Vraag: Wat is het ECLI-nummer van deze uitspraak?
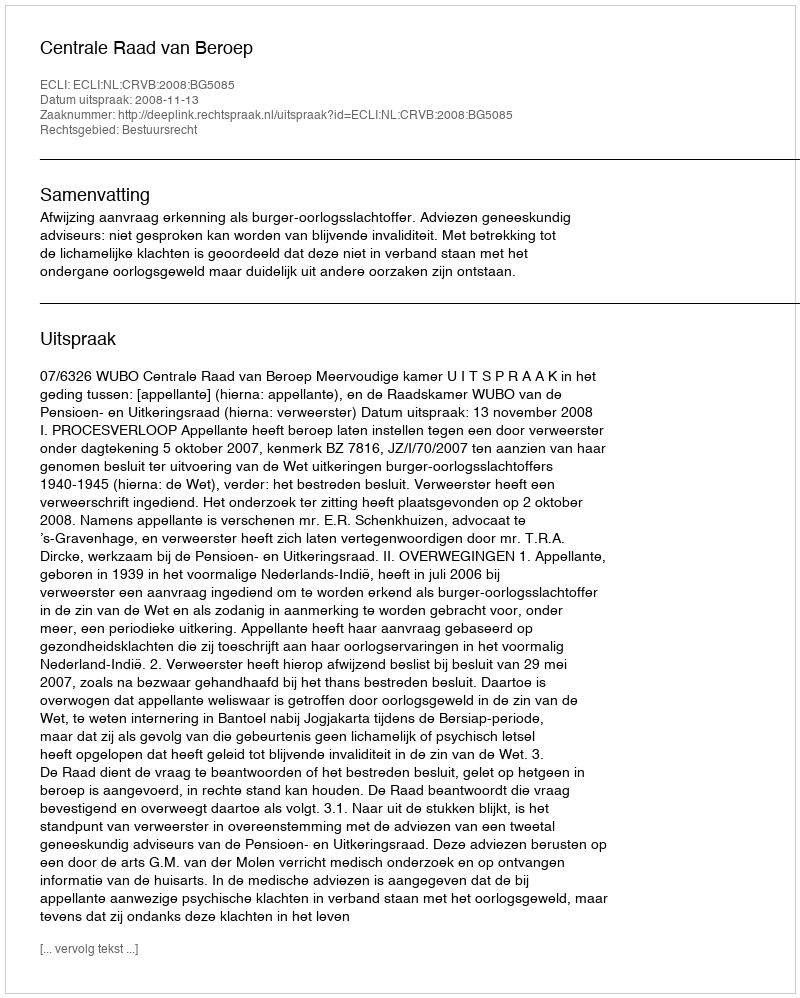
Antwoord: ECLI:NL:CRVB:2008:BG5085